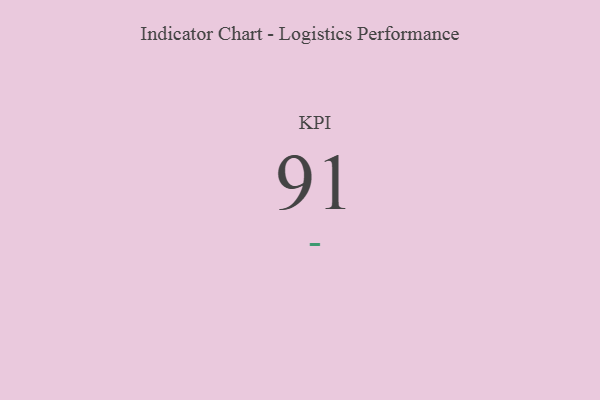
{"axis": {"x": "KPI", "y": "Value"}, "legend": [""], "data": [{"x": "KPI", "y": 91, "type": ""}]}